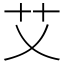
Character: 艾